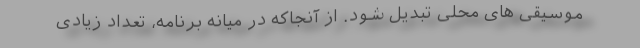
موسیقی های محلی تبدیل شود. از آنجاکه در میانه برنامه، تعداد زیادی